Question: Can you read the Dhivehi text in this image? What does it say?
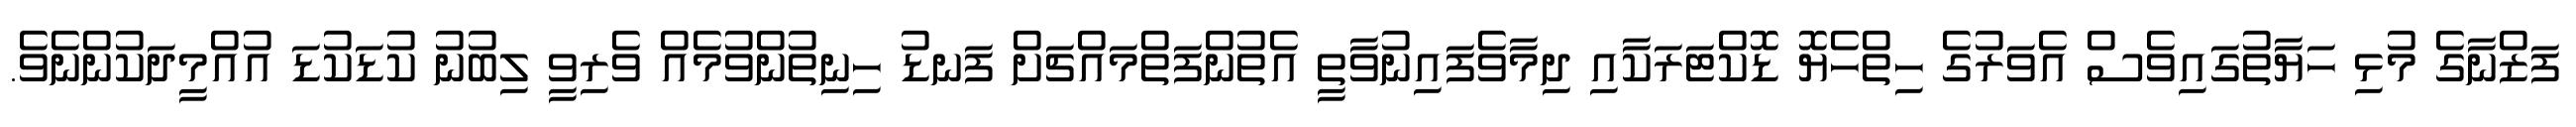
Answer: ފަޒްނާގެ މުޅި ހަޔާތުގައިވެސް އެވަރުގެ ހިތްހެޔޮ ޑޮކްޓަރަކާއި ދިމާވެފައިނުވާތީ އެތުންފަތްމައްޗަށް ފަނޑު ހިނިތުންވުމެއް ވެރިވީ ލިބުނު ކުޑަކުޑަ އުއްމީދަކުންނެވެ.